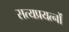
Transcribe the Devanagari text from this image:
सत्यप्रयत्नों